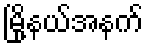
မြို့နယ်အနက်